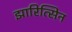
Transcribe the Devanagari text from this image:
झारित्सिन